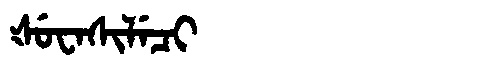
Manchu: ᡧᡠᠸᠠᠰᡳᠯᡝᠴᡳ
Romanization: ŠUWASILECI